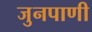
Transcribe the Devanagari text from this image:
जुनपाणी